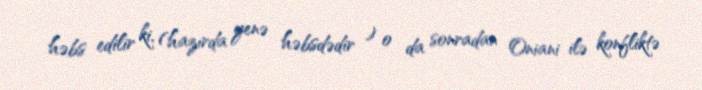
həbs edilir ki, (hazırda yenə həbsdədir ) o da sonradan Oniani ilə konfliktə